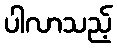
ပါလာသည့်